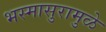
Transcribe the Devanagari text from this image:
भस्मासुरामुळे